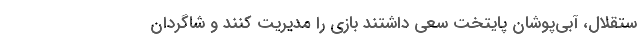
ستقلال، آبی‌پوشان پایتخت سعی داشتند بازی را مدیریت کنند و شاگردان